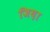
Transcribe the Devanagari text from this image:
जिय़ा